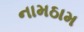
નામઠામ